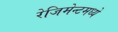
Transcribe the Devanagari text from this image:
रेजिमेन्टमध्ये